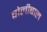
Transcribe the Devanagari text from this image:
वोलीबाल